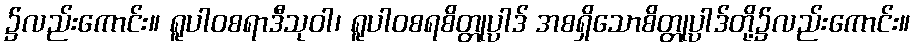
၌လည်းကောင်း။ ရူပါဝစရာဒီသုဝါ၊ ရူပါဝစရစိတ္တုပ္ပါဒ် အစရှိသောစိတ္တုပ္ပါဒ်တို့၌လည်းကောင်း။